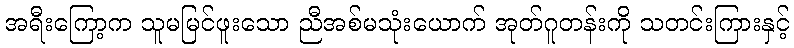
အရီးကြော့က သူမမြင်ဖူးသော ညီအစ်မသုံးယောက် အုတ်ဂူတန်းကို သတင်းကြားနှင့်